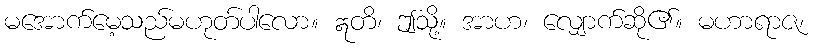
မအောက်မေ့သည်မဟုတ်ပါလော။ ဣတိ၊ ဤသို့။ အာဟ၊ လျှောက်ဆို၏။ မဟာရာဇ၊